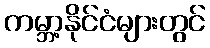
ကမ္ဘာ့နိုင်ငံများတွင်